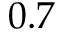
0 . 7